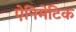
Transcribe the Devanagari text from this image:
ऐनिमेटिक